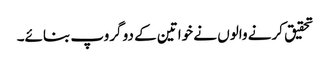
تحقیق کرنے والوں نے خواتین کے دو گروپ بنائے۔